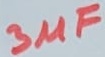
Text: 3µF